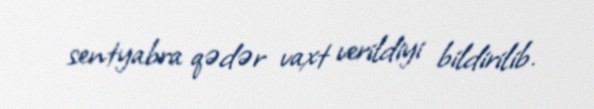
sentyabra qədər vaxt verildiyi bildirilib.